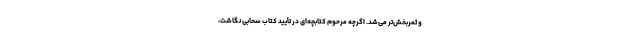
و ثمربخش‌تر می‌شد. اگرچه مرحوم کتابچه‌ای در تأیید کتاب سحابی نگاشت،